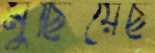
মুছিয়েছ